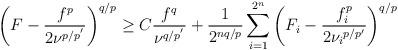
LaTeX: \begin{align*}\left(F-\frac{f^p}{2{\nu}^{p/{p^{'}}}}\right)^{q/p}\geq C\frac{f^q}{{\nu}^{q/{p^{'}}}}+\frac{1}{2^{nq/p}} \sum_{i=1}^{2^n}\left(F_i-\frac{f_i^p}{2{\nu_i}^{p/{p'}}}\right)^{q/p}\end{align*}